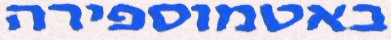
באטמוספירה